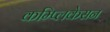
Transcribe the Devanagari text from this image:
कम्प्लिकेसन